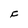
Character: F